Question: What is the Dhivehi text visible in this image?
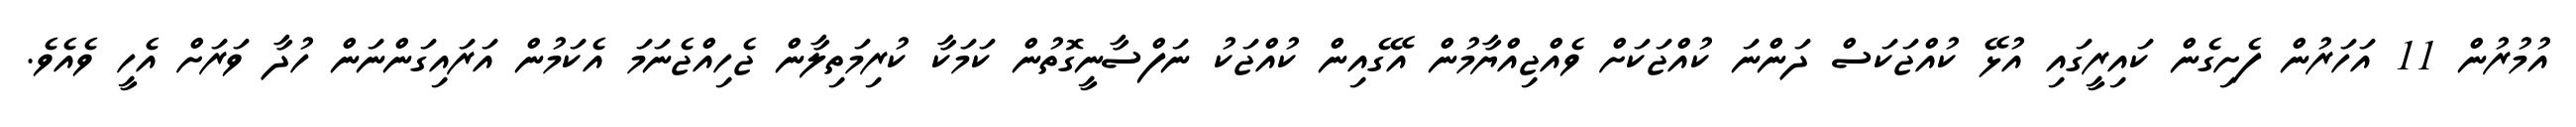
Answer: އުމުރުން 11 އަހަރުން ފެށިގެން ކައިރީގައި އުޅޭ ކުއްޖަކަސް ދަންނަ ކުއްޖަކަށް ވެއްޖިއްޔާމުން އޭގެއިން ކުއްޖަކު ނަފްސާނީގޮތުން ކަމަކާ ކުރިމަތިލާން ޖެހިއްޖެނަމަ އެކަމުން އަރައިގަންނަން ހުދާ ވަރަށް އެހީ ވެއެވެ.